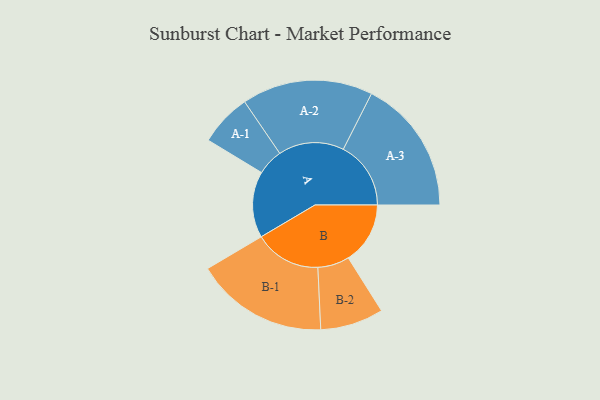
{"axis": {"x": "Segment", "y": "Value"}, "legend": ["", "A", "B"], "data": [{"x": "A", "y": 291, "type": ""}, {"x": "B", "y": 272, "type": ""}, {"x": "A-1", "y": 115, "type": "A"}, {"x": "A-2", "y": 288, "type": "A"}, {"x": "A-3", "y": 297, "type": "A"}, {"x": "B-1", "y": 292, "type": "B"}, {"x": "B-2", "y": 139, "type": "B"}]}